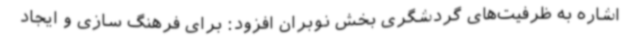
اشاره به ظرفیت‌های گردشگری بخش نوبران افزود: برای فرهنگ سازی و ایجاد